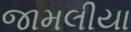
જામલીયા